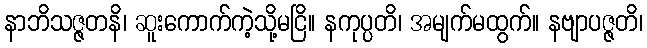
နာဘိသဇ္ဇတနိ၊ ဆူးကောက်ကဲ့သို့မငြိ။ နကုပ္ပတိ၊ အမျက်မထွက်။ နဗျာပဇ္ဇတိ၊